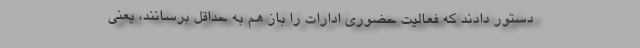
دستور دادند که فعالیت حضوری ادارات را باز هم به حداقل برسانند، یعنی